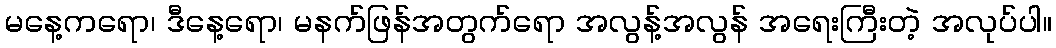
မနေ့ကရော၊ ဒီနေ့ရော၊ မနက်ဖြန်အတွက်ရော အလွန့်အလွန် အရေးကြီးတဲ့ အလုပ်ပါ။